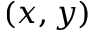
( x , y )